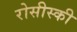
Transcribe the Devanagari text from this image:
रोसीस्की